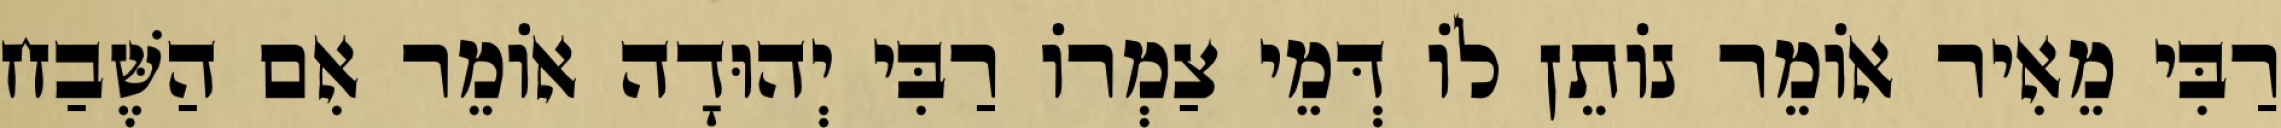
רַבִּי מֵאִיר אוֹמֵר נוֹתֵן לוֹ דְּמֵי צַמְרוֹ רַבִּי יְהוּדָה אוֹמֵר אִם הַשֶּׁבַח